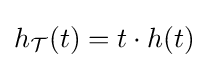
h_{\mathcal {T}}(t)=t\cdot h(t)